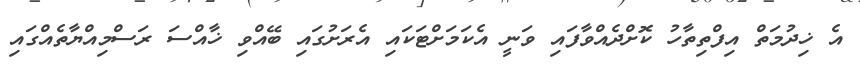
އެ ޚިދުމަތް އިފްތިތާހު ކޮށްދެއްވާފައި ވަނީ އެކަމަށްޓަކައި އެރަށުގައި ބޭއްވި ޚާއްސަ ރަސްމިއްޔާތެއްގައި